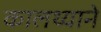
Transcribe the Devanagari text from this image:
कालथ्याने